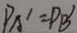
P A ^ { \prime } = P B ^ { \prime }